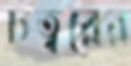
চত্বরের